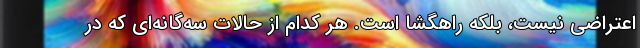
اعتراضی نیست، بلکه راهگشا است. هر کدام از حالات سه‌گانه‌ای که در